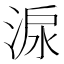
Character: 㴃